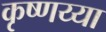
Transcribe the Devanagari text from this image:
कृष्णय्या